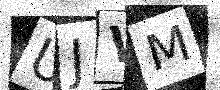
Text: UJVM